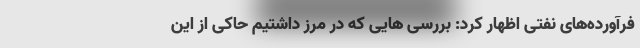
فرآورده‌های نفتی اظهار کرد: بررسی هایی که در مرز داشتیم حاکی از این